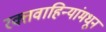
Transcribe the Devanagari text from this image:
रक्तवाहिन्यांमधून